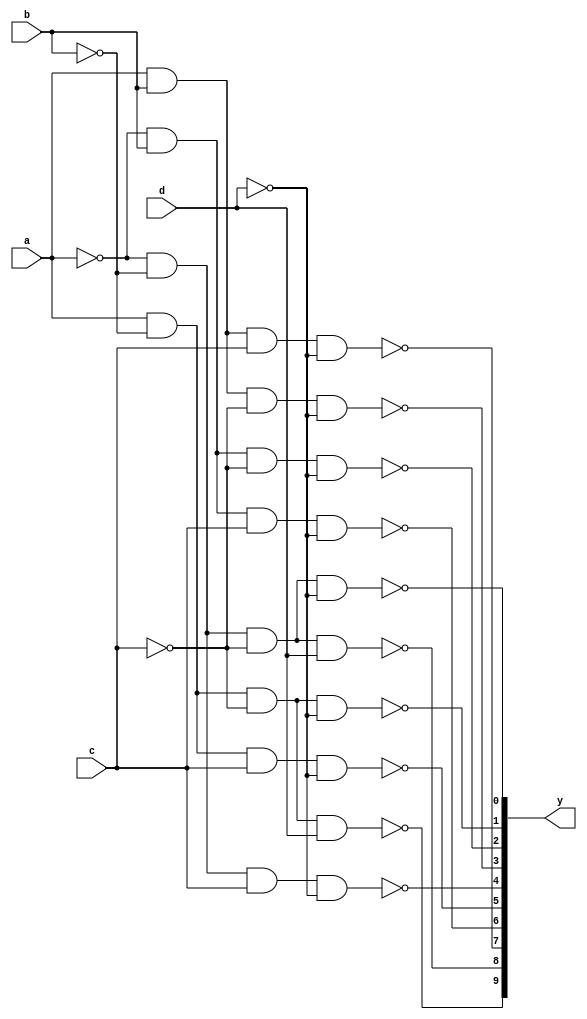
module sn74ls42(y, a, b, c, d);
input a, b, c, d;
output [9:0] y;
wire a_, b_, c_, d_, aa, bb, cc, dd;
wire y0, y1, y2, y3, y4, y5, y6, y7, y8, y9;
parameter
	// TI TTL data book Vol 1, 1985
	tPLH2_min=0, tPLH2_typ=15, tPLH2_max=25,	// basic delay
	tPHL2_min=0, tPHL2_typ=15, tPHL2_max=25,
	tPLH3_min=0, tPLH3_typ=5,  tPLH3_max=5,		// add delay when 3 gates in path
	tPHL3_min=0, tPHL3_typ=5,  tPHL3_max=5;

	not (a_,a);
	not (b_,b);
	not (c_,c);
	not (d_,d);
	not #(tPLH3_min:tPLH3_typ:tPLH3_max,
		  tPHL3_min:tPHL3_typ:tPLH3_max) (aa,a_);
	not #(tPLH3_min:tPLH3_typ:tPLH3_max,
		  tPHL3_min:tPHL3_typ:tPLH3_max) (bb,b_);
	not #(tPLH3_min:tPLH3_typ:tPLH3_max,
		  tPHL3_min:tPHL3_typ:tPLH3_max) (cc,c_);
	not #(tPLH3_min:tPLH3_typ:tPLH3_max,
		  tPHL3_min:tPHL3_typ:tPLH3_max) (dd,d_);
	nand (y0, a_, b_, c_, d_);
	nand (y1, aa, b_, c_, d_);
	nand (y2, a_, bb, c_, d_);
	nand (y3, aa, bb, c_, d_);
	nand (y4, a_, b_, cc, d_);
	nand (y5, aa, b_, cc, d_);
	nand (y6, a_, bb, cc, d_);
	nand (y7, aa, bb, cc, d_);
	nand (y8, a_, b_, c_, dd);
	nand (y9, aa, b_, c_, dd);
	assign #(tPLH2_min:tPLH2_typ:tPLH2_max,
		  tPHL2_min:tPHL2_typ:tPLH2_max)
		y = { y9, y8, y7, y6, y5, y4, y3, y2, y1, y0 };
endmodule